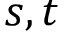
s , t